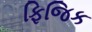
ફિજિક